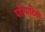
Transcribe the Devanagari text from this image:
परिपाटियो